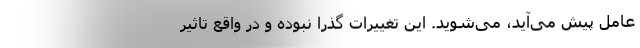
عامل پیش می‌آید، می‌شوید. این تغییرات گذرا نبوده و در واقع تاثیر